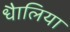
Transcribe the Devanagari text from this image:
धैालिया